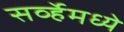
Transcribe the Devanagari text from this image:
सर्व्हेमध्ये